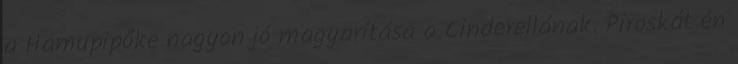
a Hamupipőke nagyon jó magyarítása a Cinderellának. Piroskát én